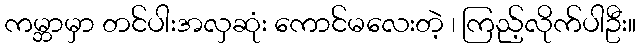
ကမ္ဘာမှာ တင်ပါးအလှဆုံး ကောင်မလေးတဲ့ ၊ ကြည့်လိုက်ပါဦး။